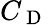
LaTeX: C_{\mathrm{~D~}}